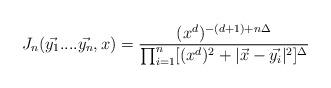
LaTeX: \begin{align*}J_{n}(\vec{y_{1}}....\vec{y_{n}},x)=\frac{(x^{d})^{-(d+1)+n\Delta}}{\prod_{i=1}^{n}[(x^{d})^{2}+|\vec{x}-\vec{y_{i}}|^{2}]^{\Delta}}\end{align*}